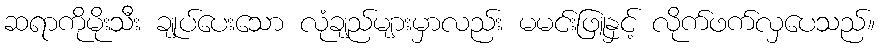
ဆရာကိုမိုးသီး ချုပ်ပေးသော လုံချည်များမှာလည်း မမင်းဖြူနှင့် လိုက်ဖက်လှပေသည်။